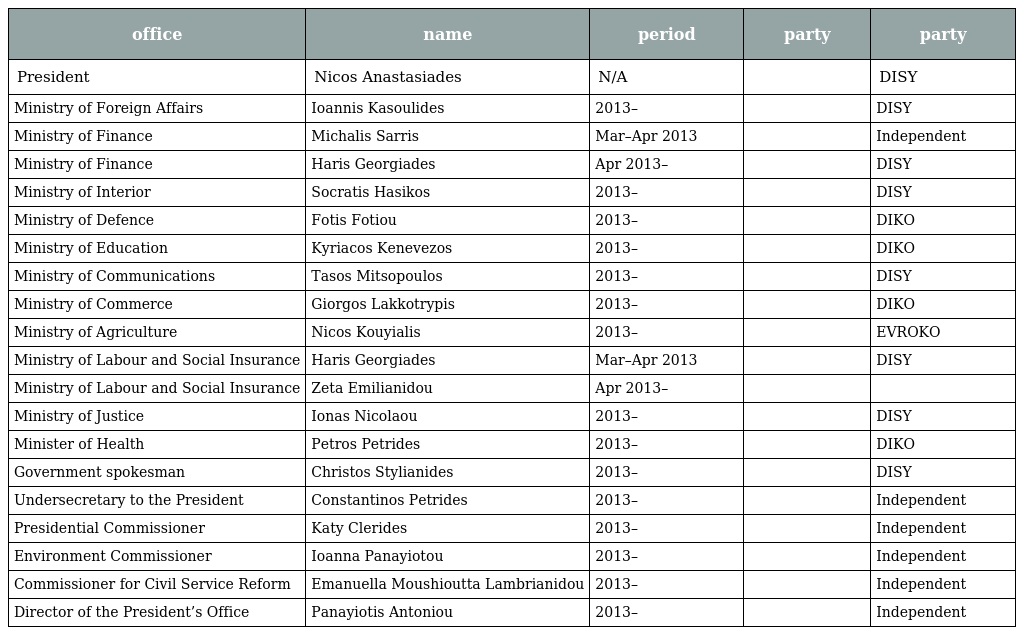
| office | name | period | party | party |
 | --- | --- | --- | --- | --- |
 | President | Nicos Anastasiades | N/A |  | DISY |
 | Ministry of Foreign Affairs | Ioannis Kasoulides | 2013– |  | DISY |
 | Ministry of Finance | Michalis Sarris | Mar–Apr 2013 |  | Independent |
 | Ministry of Finance | Haris Georgiades | Apr 2013– |  | DISY |
 | Ministry of Interior | Socratis Hasikos | 2013– |  | DISY |
 | Ministry of Defence | Fotis Fotiou | 2013– |  | DIKO |
 | Ministry of Education | Kyriacos Kenevezos | 2013– |  | DIKO |
 | Ministry of Communications | Tasos Mitsopoulos | 2013– |  | DISY |
 | Ministry of Commerce | Giorgos Lakkotrypis | 2013– |  | DIKO |
 | Ministry of Agriculture | Nicos Kouyialis | 2013– |  | EVROKO |
 | Ministry of Labour and Social Insurance | Haris Georgiades | Mar–Apr 2013 |  | DISY |
 | Ministry of Labour and Social Insurance | Zeta Emilianidou | Apr 2013– |  |  |
 | Ministry of Justice | Ionas Nicolaou | 2013– |  | DISY |
 | Minister of Health | Petros Petrides | 2013– |  | DIKO |
 | Government spokesman | Christos Stylianides | 2013– |  | DISY |
 | Undersecretary to the President | Constantinos Petrides | 2013– |  | Independent |
 | Presidential Commissioner | Katy Clerides | 2013– |  | Independent |
 | Environment Commissioner | Ioanna Panayiotou | 2013– |  | Independent |
 | Commissioner for Civil Service Reform | Emanuella Moushioutta Lambrianidou | 2013– |  | Independent |
 | Director of the President’s Office | Panayiotis Antoniou | 2013– |  | Independent |